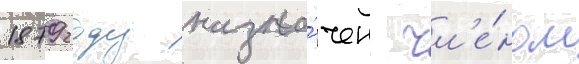
1879 году назна́чен чл'е́ном